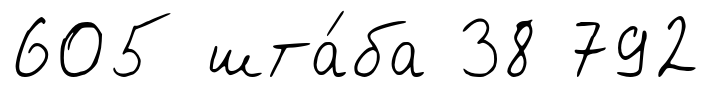
605 шта́ба 38 792